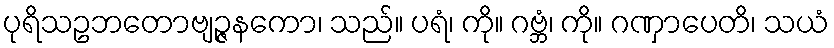
ပုရိသဥဘတောဗျဉ္ဇနကော၊ သည်။ ပရံ၊ ကို။ ဂဗ္ဘံ၊ ကို။ ဂဏှာပေတိ၊ သယံ